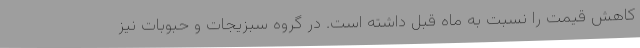
کاهش قیمت را نسبت به ماه قبل داشته است. در گروه سبزیجات و حبوبات نیز